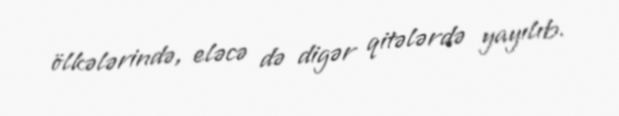
ölkələrində, eləcə də digər qitələrdə yayılıb.